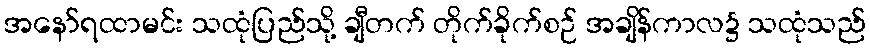
အနော်ရထာမင်း သထုံပြည်သို့ ချီတက် တိုက်ခိုက်စဉ် အချိန်ကာလ၌ သထုံသည်